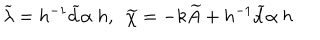
\widetilde { \lambda } = h ^ { - 1 } \widetilde { d } \alpha \ h , \ \ \widetilde { \chi } = - k \widetilde { A } + h ^ { - 1 } \widetilde { d } \alpha \ h